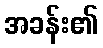
အခန်း၏